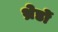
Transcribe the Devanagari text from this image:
थ्रेडों